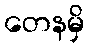
တေနမှိ